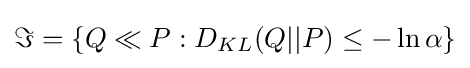
\Im =\{Q\ll P:D_{KL}(Q||P)\leq -\ln \alpha \}